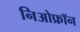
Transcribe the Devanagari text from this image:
निओफ्रॉन